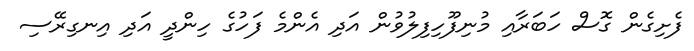
ފެށިގެން ގޮސް ހަބަރާއި މުނިފޫހިފިލުވުން އަދި އެންމެ ފަހުގެ ހިންދީ އަދި އިނގިރޭސި